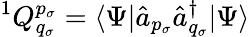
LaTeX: {}^{1}Q_{q_{\sigma}}^{p_{\sigma}}=\langle\Psi|\hat{a}_{p_{\sigma}}\hat{a}_{q_{\sigma}}^{\dagger}|\Psi\rangle